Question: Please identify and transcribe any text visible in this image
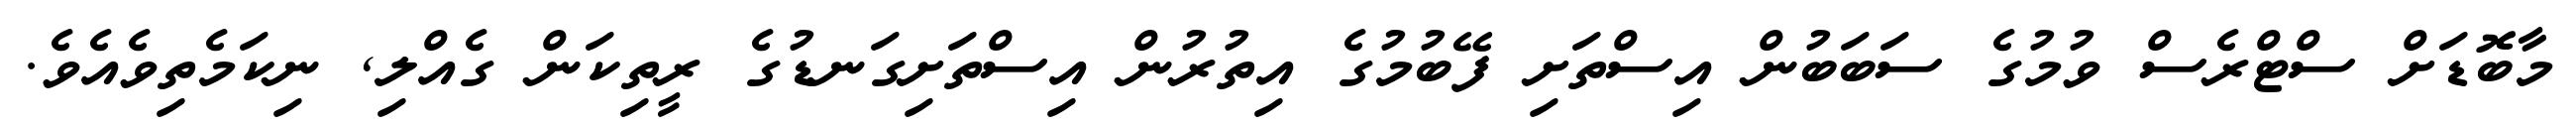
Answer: މާބޮޑަށް ސްޓްރެސް ވުމުގެ ސަބަބުން އިސްތަށި ފޭބުމުގެ އިތުރުން އިސްތަށިގަނޑުގެ ރީތިކަން ގެއްލި, ނިކަމެތިވެއެވެ.